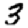
Digit: 3